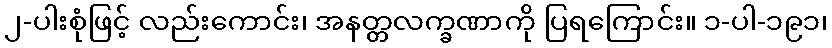
၂-ပါးစုံဖြင့် လည်းကောင်း၊ အနတ္တလက္ခဏာကို ပြရကြောင်း။ ၁-ပါ-၁၉၁၊